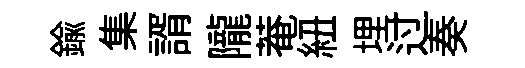
鍮集諝隴菴紐埋过奏